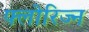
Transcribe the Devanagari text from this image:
फ्लोरिज्न